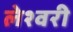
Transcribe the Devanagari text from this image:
लेश्वरी